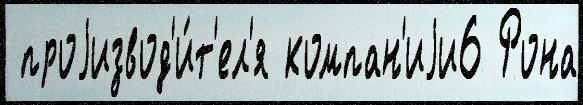
 проjизвод'и́т'ел'я компан'иjи6 Рона